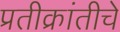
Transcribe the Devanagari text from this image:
प्रतीक्रांतीचे